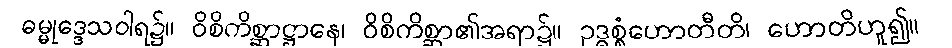
ဓမ္မုဒ္ဒေသဝါရ၌။ ဝိစိကိစ္ဆာဋ္ဌာနေ၊ ဝိစိကိစ္ဆာ၏အရာ၌။ ဥဒ္ဓစ္စံဟောတီတိ၊ ဟောတိဟူ၍။